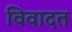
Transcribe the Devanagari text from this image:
विवादत